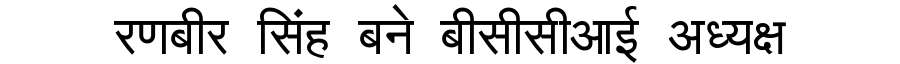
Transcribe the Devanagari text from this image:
रणबीर सिंह बने बीसीसीआई अध्यक्ष